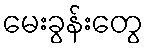
မေးခွန်းတွေ